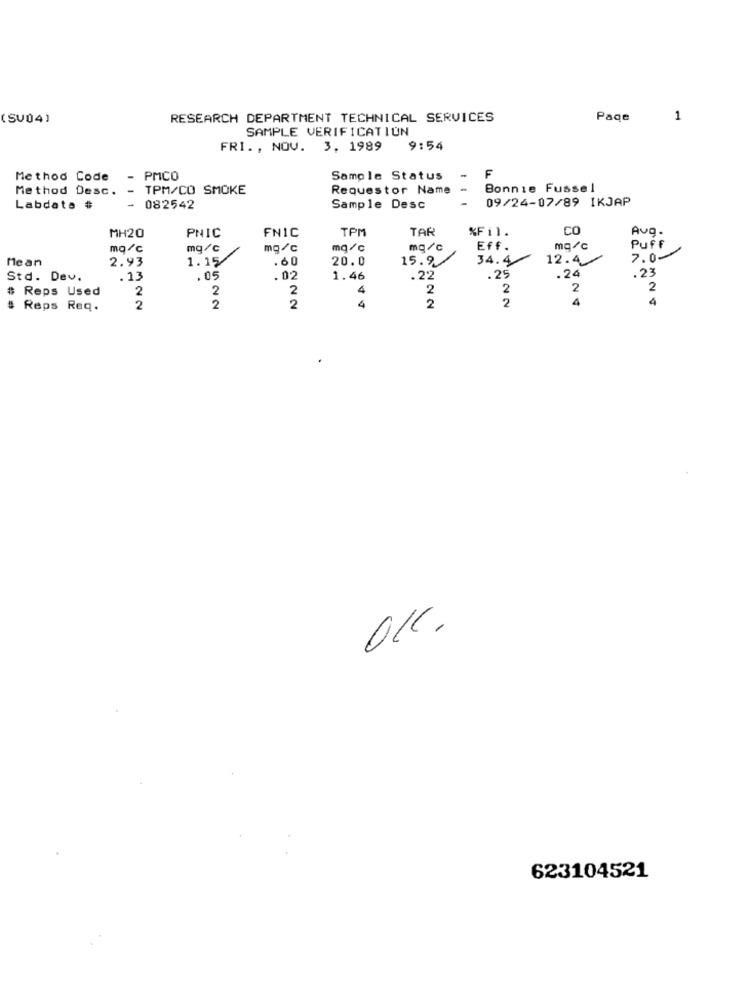
(SV04)
RESEARCH DEPARTMENT TECHNICAL SERVICES
Page
1
SAMPLE VERIFICATION
FRI ., NOV. 3. 1989
9:54
Method Code
PMCO
Sample Status
F
Method Desc.
- TPM/CO SMOKE
Requestor Name
Bonnie Fussel
09/24-07/89 IKJAP
Labdate #
082542
Sample Desc
FNIC
TPM
TAR
%Fil.
CO
Ava.
MH20
PNIC
mq/c
mg/c
mg/c
mq/c
mg/c
Eff.
mg/c
Puff
Mean
2.93
1.15
.60
20.0
15.9.
34.4
12.4
7.0
. 23
Std. Dev.
.13
.05
.02
1.46
.22
.25
.24
# Reps Used
2
2
2
4
2
2
2
2
2
2
2
4
# Reps Req.
2
4
623104521